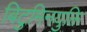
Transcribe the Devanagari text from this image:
बिटुमिनयुक्ति